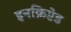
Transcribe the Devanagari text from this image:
इनक्रिप्टेड